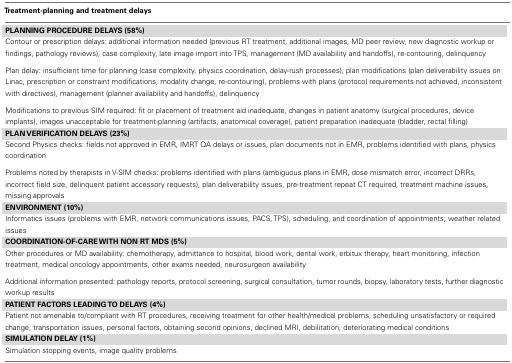
<table><thead><tr><td><b>Treatment-planning and treatment delays</b></td></tr></thead><tbody><tr><td><b>PLANNING PROCEDURE DELAYS (58%)</b></td></tr><tr><td>Contour or prescription delays: additional information needed (previous RT treatment, additional images, MD peer review, new diagnostic workup or findings, pathology reviews), case complexity, late image import into TPS, management (MD availability and handoffs), re-contouring, delinquency</td></tr><tr><td>Plan delay: insufficient time for planning (case complexity, physics coordination, delay-rush processes), plan modifications (plan deliverability issues on Linac, prescription or constraint modifications, modality change, re-contouring), problems with plans (protocol requirements not achieved, inconsistent with directives), management (planner availability and handoffs), delinquency</td></tr><tr><td>Modifications to previous SIM required: fit or placement of treatment aid inadequate, changes in patient anatomy (surgical procedures, device implants), images unacceptable for treatment-planning (artifacts, anatomical coverage), patient preparation inadequate (bladder, rectal filling)</td></tr><tr><td><b>PLAN VERIFICATION DELAYS (23%)</b></td></tr><tr><td>Second Physics checks: fields not approved in EMR, IMRT QA delays or issues, plan documents not in EMR, problems identified with plans, physics coordination</td></tr><tr><td>Problems noted by therapists in V-SIM checks: problems identified with plans (ambiguous plans in EMR, dose mismatch error, incorrect DRRs, incorrect field size, delinquent patient accessory requests), plan deliverability issues, pre-treatment repeat CT required, treatment machine issues, missing approvals</td></tr><tr><td><b>ENVIRONMENT (10%)</b></td></tr><tr><td>Informatics issues (problems with EMR, network communications issues, PACS, TPS), scheduling, and coordination of appointments; weather related issues</td></tr><tr><td><b>COORDINATION-OF-CARE WITH NON RT MDS (5%)</b></td></tr><tr><td>Other procedures or MD availability: chemotherapy, admittance to hospital, blood work, dental work, erbitux therapy, heart monitoring, infection treatment, medical oncology appointments, other exams needed, neurosurgeon availability</td></tr><tr><td>Additional information presented: pathology reports, protocol screening, surgical consultation, tumor rounds, biopsy, laboratory tests, further diagnostic workup results</td></tr><tr><td><b>PATIENT FACTORS LEADING TO DELAYS (4%)</b></td></tr><tr><td>Patient not amenable to/compliant with RT procedures, receiving treatment for other health/medical problems, scheduling unsatisfactory or required change, transportation issues, personal factors, obtaining second opinions, declined MRI, debilitation, deteriorating medical conditions</td></tr><tr><td><b>SIMULATION DELAY (1%)</b></td></tr><tr><td>Simulation stopping events, image quality problems</td></tr></tbody></table>